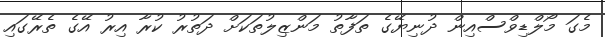
މެގަ މޯލްޑިވްސްއިން ދުނިޔޭގެ ތަފާތު މަންޒިލުތަކަށް ދަތުރު ކުރާ އިރު އޭގެ ތެރޭގައި